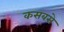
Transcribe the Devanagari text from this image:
कसबसे